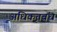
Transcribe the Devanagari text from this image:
अधिकृतबंध